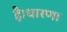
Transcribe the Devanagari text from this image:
है।धारणा